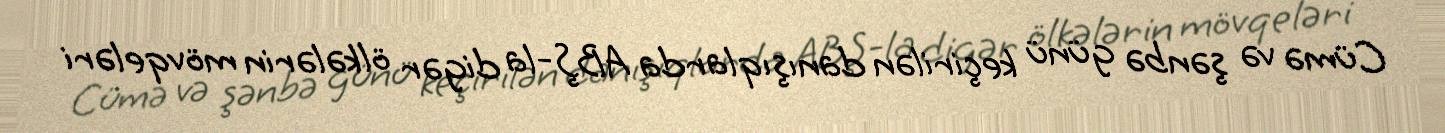
Cümə və şənbə günü keçirilən danışıqlarda ABŞ-la digər ölkələrin mövqeləri